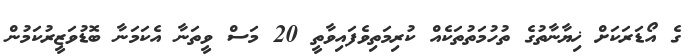
ގެ އޯޑަރަކަށް ޚިޔާނާތުގެ ތުހުމަތުތަކެއް ކުރިމަތިވެފައިވާތީ 20 މަސް ވީތަނާ އެކަމަނާ ބޮޑުވަޒީރުކަމުން